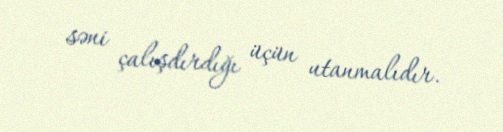
səni çalışdırdığı üçün utanmalıdır.